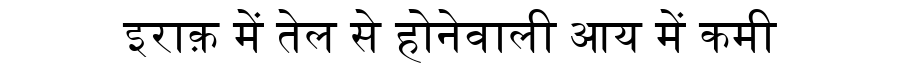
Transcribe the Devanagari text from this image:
इराक़ में तेल से होनेवाली आय में कमी